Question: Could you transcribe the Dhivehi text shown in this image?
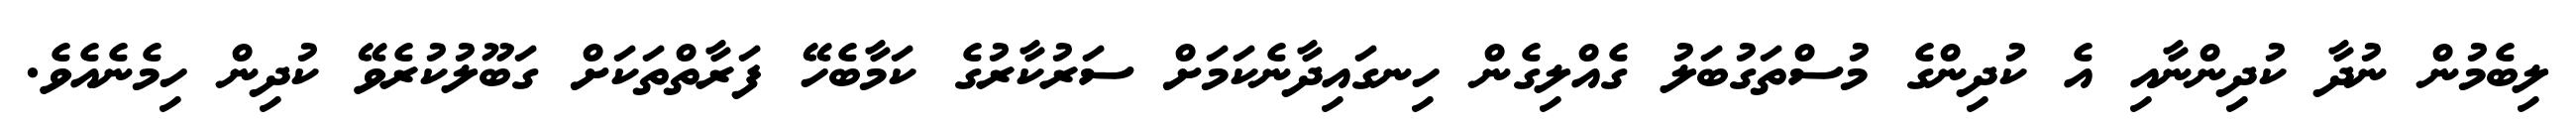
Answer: ލިބެމުން ނުދާ ކުދިންނާއި އެ ކުދިންގެ މުސްތަގުބަލު ގެއްލިގެން ހިނގައިދާނެކަމަށް ސަރުކާރުގެ ކަމާބެހޭ ފަރާތްތަކަށް ގަބޫލުކުރެވޭ ކުދިން ހިމެނެއެވެ.